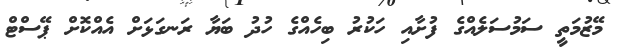
މޭޒުމަތީ ސަމުސަލެއްގެ ފުށާއި ހަކުރު ބިހެއްގެ ހުދު ބަޔާ ރަނގަޅަށް އެއްކޮށް ޕޭސްޓް